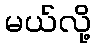
မယ်လို့